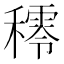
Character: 𥢴